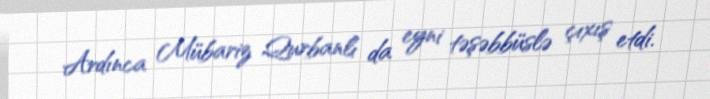
Ardınca Mübariz Qurbanlı da eyni təşəbbüslə çıxış etdi.